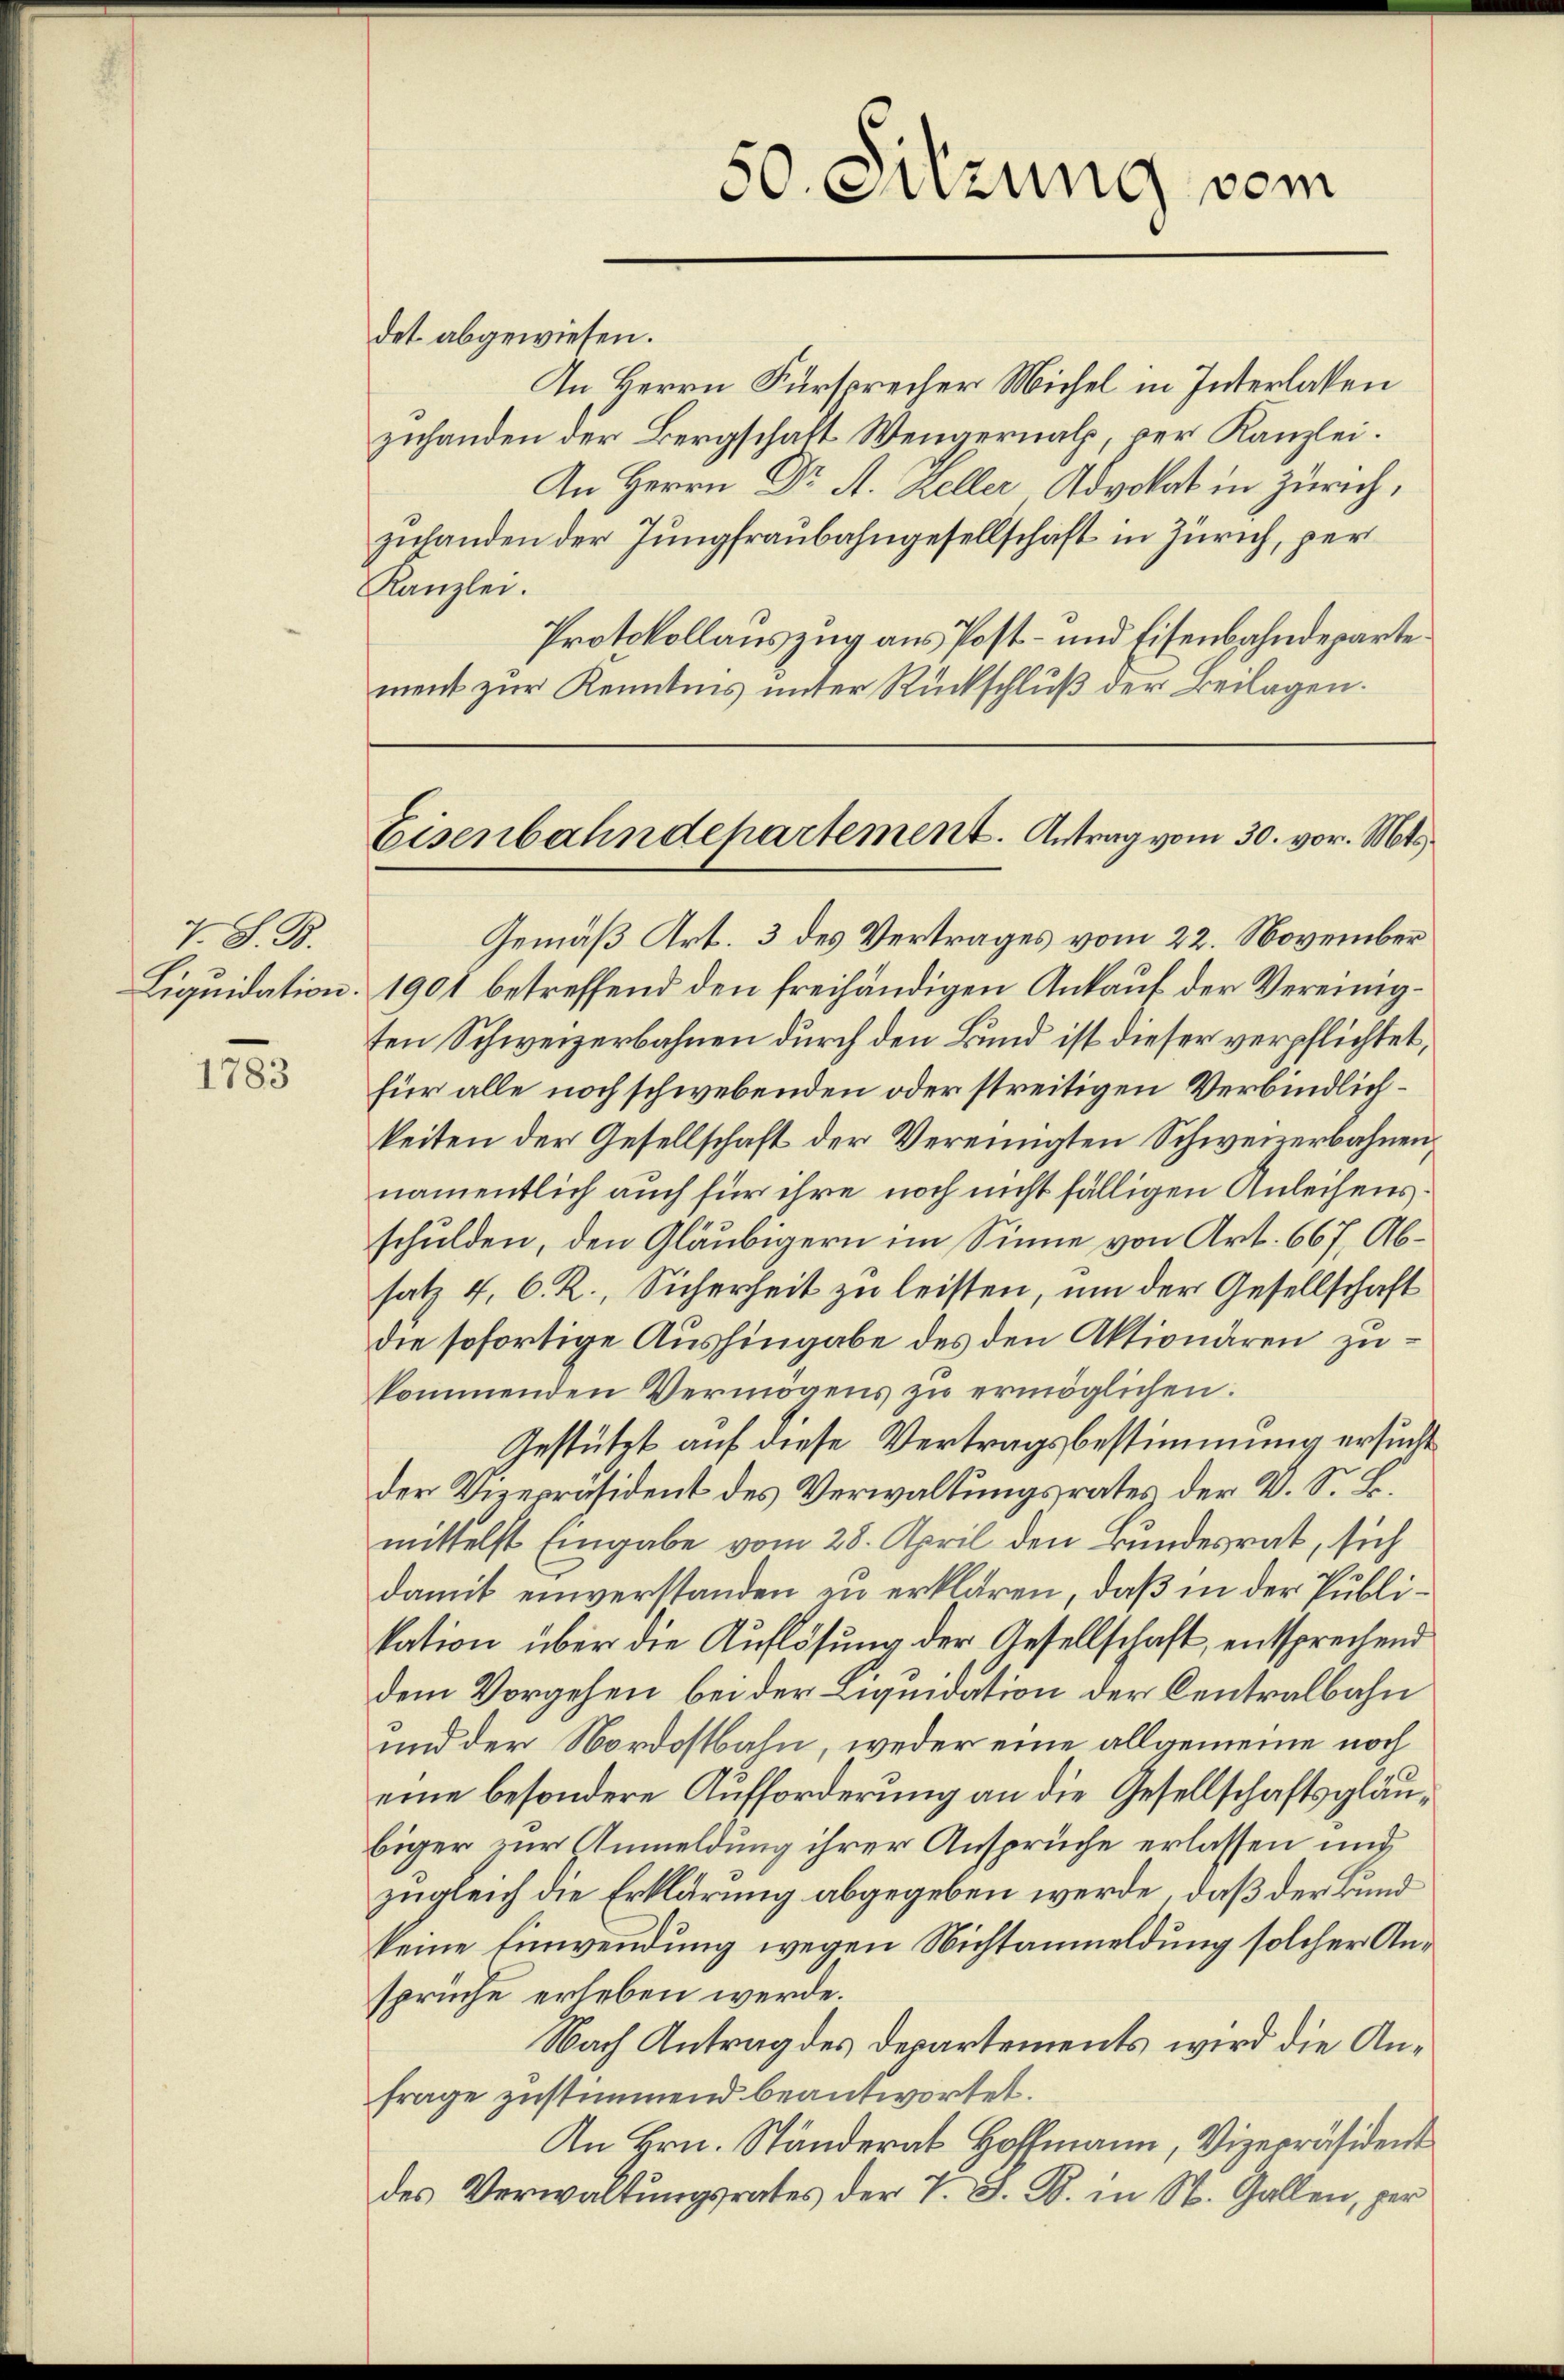
7 S. B.
Liquidation.

1783

det abgewiesen.
In, Herrn Fürsprecher Michel in Interlassen
zuhanden der Bergschaft Wengernalp, per Kanzlei.
An Herrn Dr A. Keller Advokat in Zürich,
zulanden der Jungfraubahngesellschaft in Zürich, per
Kanzlei.
Protokollauszug aus Post- und Eisenbahndepartement zur Kenntnis unter Rückschlŭβ der Beilagen.

Gemäß Art. 3 des Vertrages vom 22. November
1901 betreffend den freihändigen Ankauf der Vereinigten Schweizerbahnen durch den Bund ist dieser verpflichtet,
für alle noch schwebenden oder streitigen Verbindlichkeiten der Gesellschaft der Vereinigten Schweizerbahnen,
namentlich auch für ihre noch nicht fälligen Anleihensschulden, den Gläubigern im Sinne von Art. 667, Absatz 4, 6. R., Sicherheit zu leisten, um der Gesellschaft
die sofortige Aushingabe des den Aktionären zukommenden Vermögens zŭ ermöglichen.
Gestützt auf diese Vertragsbestimmung ersucht
der Vizepräsident des Verwaltungsrates der V. S. B.
mittelst Eingabe vom 28. April den Bundesrat, sich
damit einverstanden zu erklären, daß in der Publikation über die Auflösung der Gesellschaft, entsprechend
dem Vorgehen bei der Liquidation der Centralbahn
und der Nordostbahn, weder eine allgemeine noch
eine besondere Aufforderung an die Gesellschaftsgläubiger zur Anmeldung ihrer Ansprüche erlassen und
zugleich die Erklärung abgegeben werde, daß der Bund
keine Einwendung wegen Nichtanmeldung solcher Ansprüche erleben werde.
Nach Antrag des Departements wird die Anfrage zustimmend beantwortet.
An Hrn. Ständerat Hoffmann, Vizepräsident
des Verwaltungsrates der T. S. B. in St. Gallen, per

50. Sitzung vom

Eisenbahndepartement. Antrag vom 30. vor. Mts.